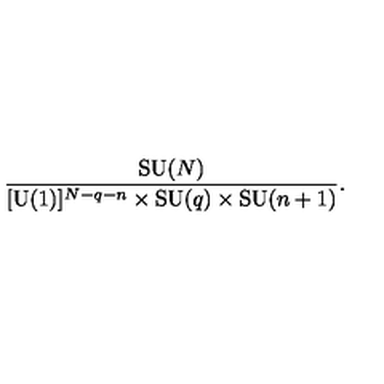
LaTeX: { \frac { \mathrm { S U } ( N ) } { [ \mathrm { U } ( 1 ) ] ^ { N - q - n } \times \mathrm { S U } ( q ) \times \mathrm { S U } ( n + 1 ) } } .